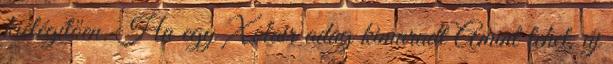
kielégítően. Ha egy Xolair adag kimaradt Amint lehet, új